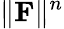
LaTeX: \| \mathbf F\| ^{n}